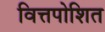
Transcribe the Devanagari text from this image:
वित्तपोशित